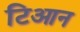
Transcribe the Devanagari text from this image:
टिआन